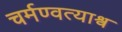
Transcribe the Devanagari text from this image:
चर्मण्वत्याश्व